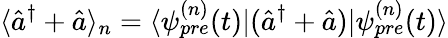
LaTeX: \langle\hat{a}^{\dagger}+\hat{a}\rangle_{n}=\langle\psi_{pre}^{(n)}(t)|(\hat{a}^{\dagger}+\hat{a})|\psi_{pre}^{(n)}(t)\rangle